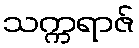
သက္ကရာဇ်